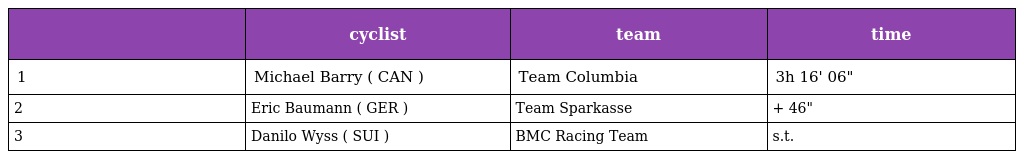
|  | cyclist | team | time |
 | --- | --- | --- | --- |
 | 1 | Michael Barry ( CAN ) | Team Columbia | 3h 16' 06" |
 | 2 | Eric Baumann ( GER ) | Team Sparkasse | + 46" |
 | 3 | Danilo Wyss ( SUI ) | BMC Racing Team | s.t. |